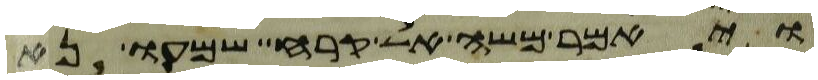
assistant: ויאמר משה אל קרח שמעו נא